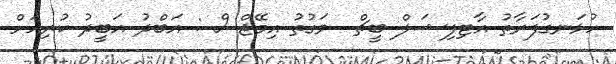
ހުޅަނގުފަރާތު އާޓިފިޝަލް ބީޗް  ވަގުތު އިމޭޖްސް : އަބްދު އަބީދު ކުރިއަށް